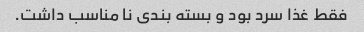
فقط غذا سرد بود و بسته بندی نا مناسب داشت.